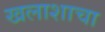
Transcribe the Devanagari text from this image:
खलाशाचा